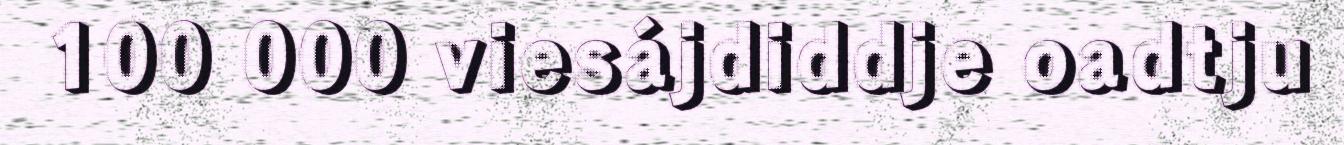
100 000 viesájdiddje oadtju